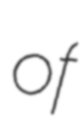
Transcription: of